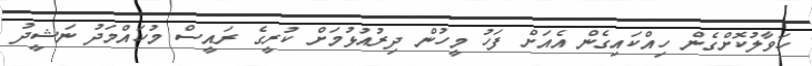
ހަވާލުކޮށްގެން ހިއްކައިގެން އެއަށް ފަހު މީހުން ދިރުއުޅުމަށް ކުރީގެ ރައީސް މުހައްމަދު ނަޝީދު